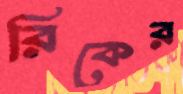
রিকের